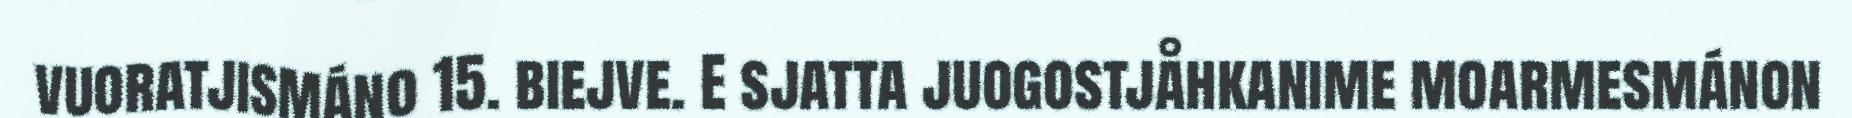
vuoratjismáno 15. biejve. E sjatta juogostjåhkanime moarmesmánon